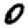
Digit: 0